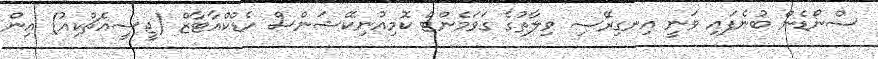
ސްނޯޑެން ބުނެފައި ވަނީ އިނގިރޭސި ވިލާތުގެ ގަވަމެންޓް ކޮމިއުނިކޭޝަންސް ހެޑްކްއާޓާޒް (ޖީސީއެޗްކިއު) އިން